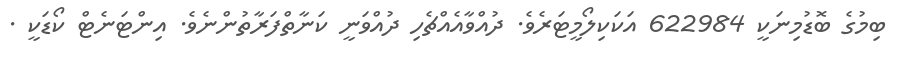
ބިމުގެ ބޮޑުމިނަކީ 622984 އަކަކިލޯމީޓަރެވެ. ދުއްވާއެއްޗެހި ދުއްވަނީ ކަނާތްފަރާތުންނެވެ. އިންޓަނެޓް ކޯޑަކީ .